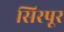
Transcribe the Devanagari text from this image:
सिरपूर